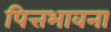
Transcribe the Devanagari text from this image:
पित्तभावना